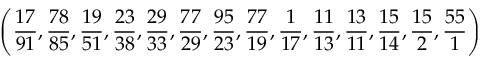
\left( { \frac { 1 7 } { 9 1 } } , { \frac { 7 8 } { 8 5 } } , { \frac { 1 9 } { 5 1 } } , { \frac { 2 3 } { 3 8 } } , { \frac { 2 9 } { 3 3 } } , { \frac { 7 7 } { 2 9 } } , { \frac { 9 5 } { 2 3 } } , { \frac { 7 7 } { 1 9 } } , { \frac { 1 } { 1 7 } } , { \frac { 1 1 } { 1 3 } } , { \frac { 1 3 } { 1 1 } } , { \frac { 1 5 } { 1 4 } } , { \frac { 1 5 } { 2 } } , { \frac { 5 5 } { 1 } } \right)